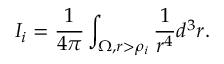
I _ { i } = \frac { 1 } { 4 \pi } \int _ { \Omega , r > \rho _ { i } } \frac { 1 } { r ^ { 4 } } d ^ { 3 } r .